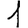
Digit: 1